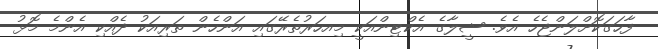
ފާހަގަކޮށްލަންޖެހެ އެވެ. ޝީލާގެ އެކްޓިންއަކީ މިއހަރުތެރޭގައި އަންހެން ތަރިއަކު ދެއްކި އެންމެ މޮޅު